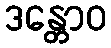
ဒန္တောဝ